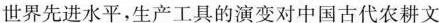
世界先进水平，生产工具的演变对中国古代农耕文